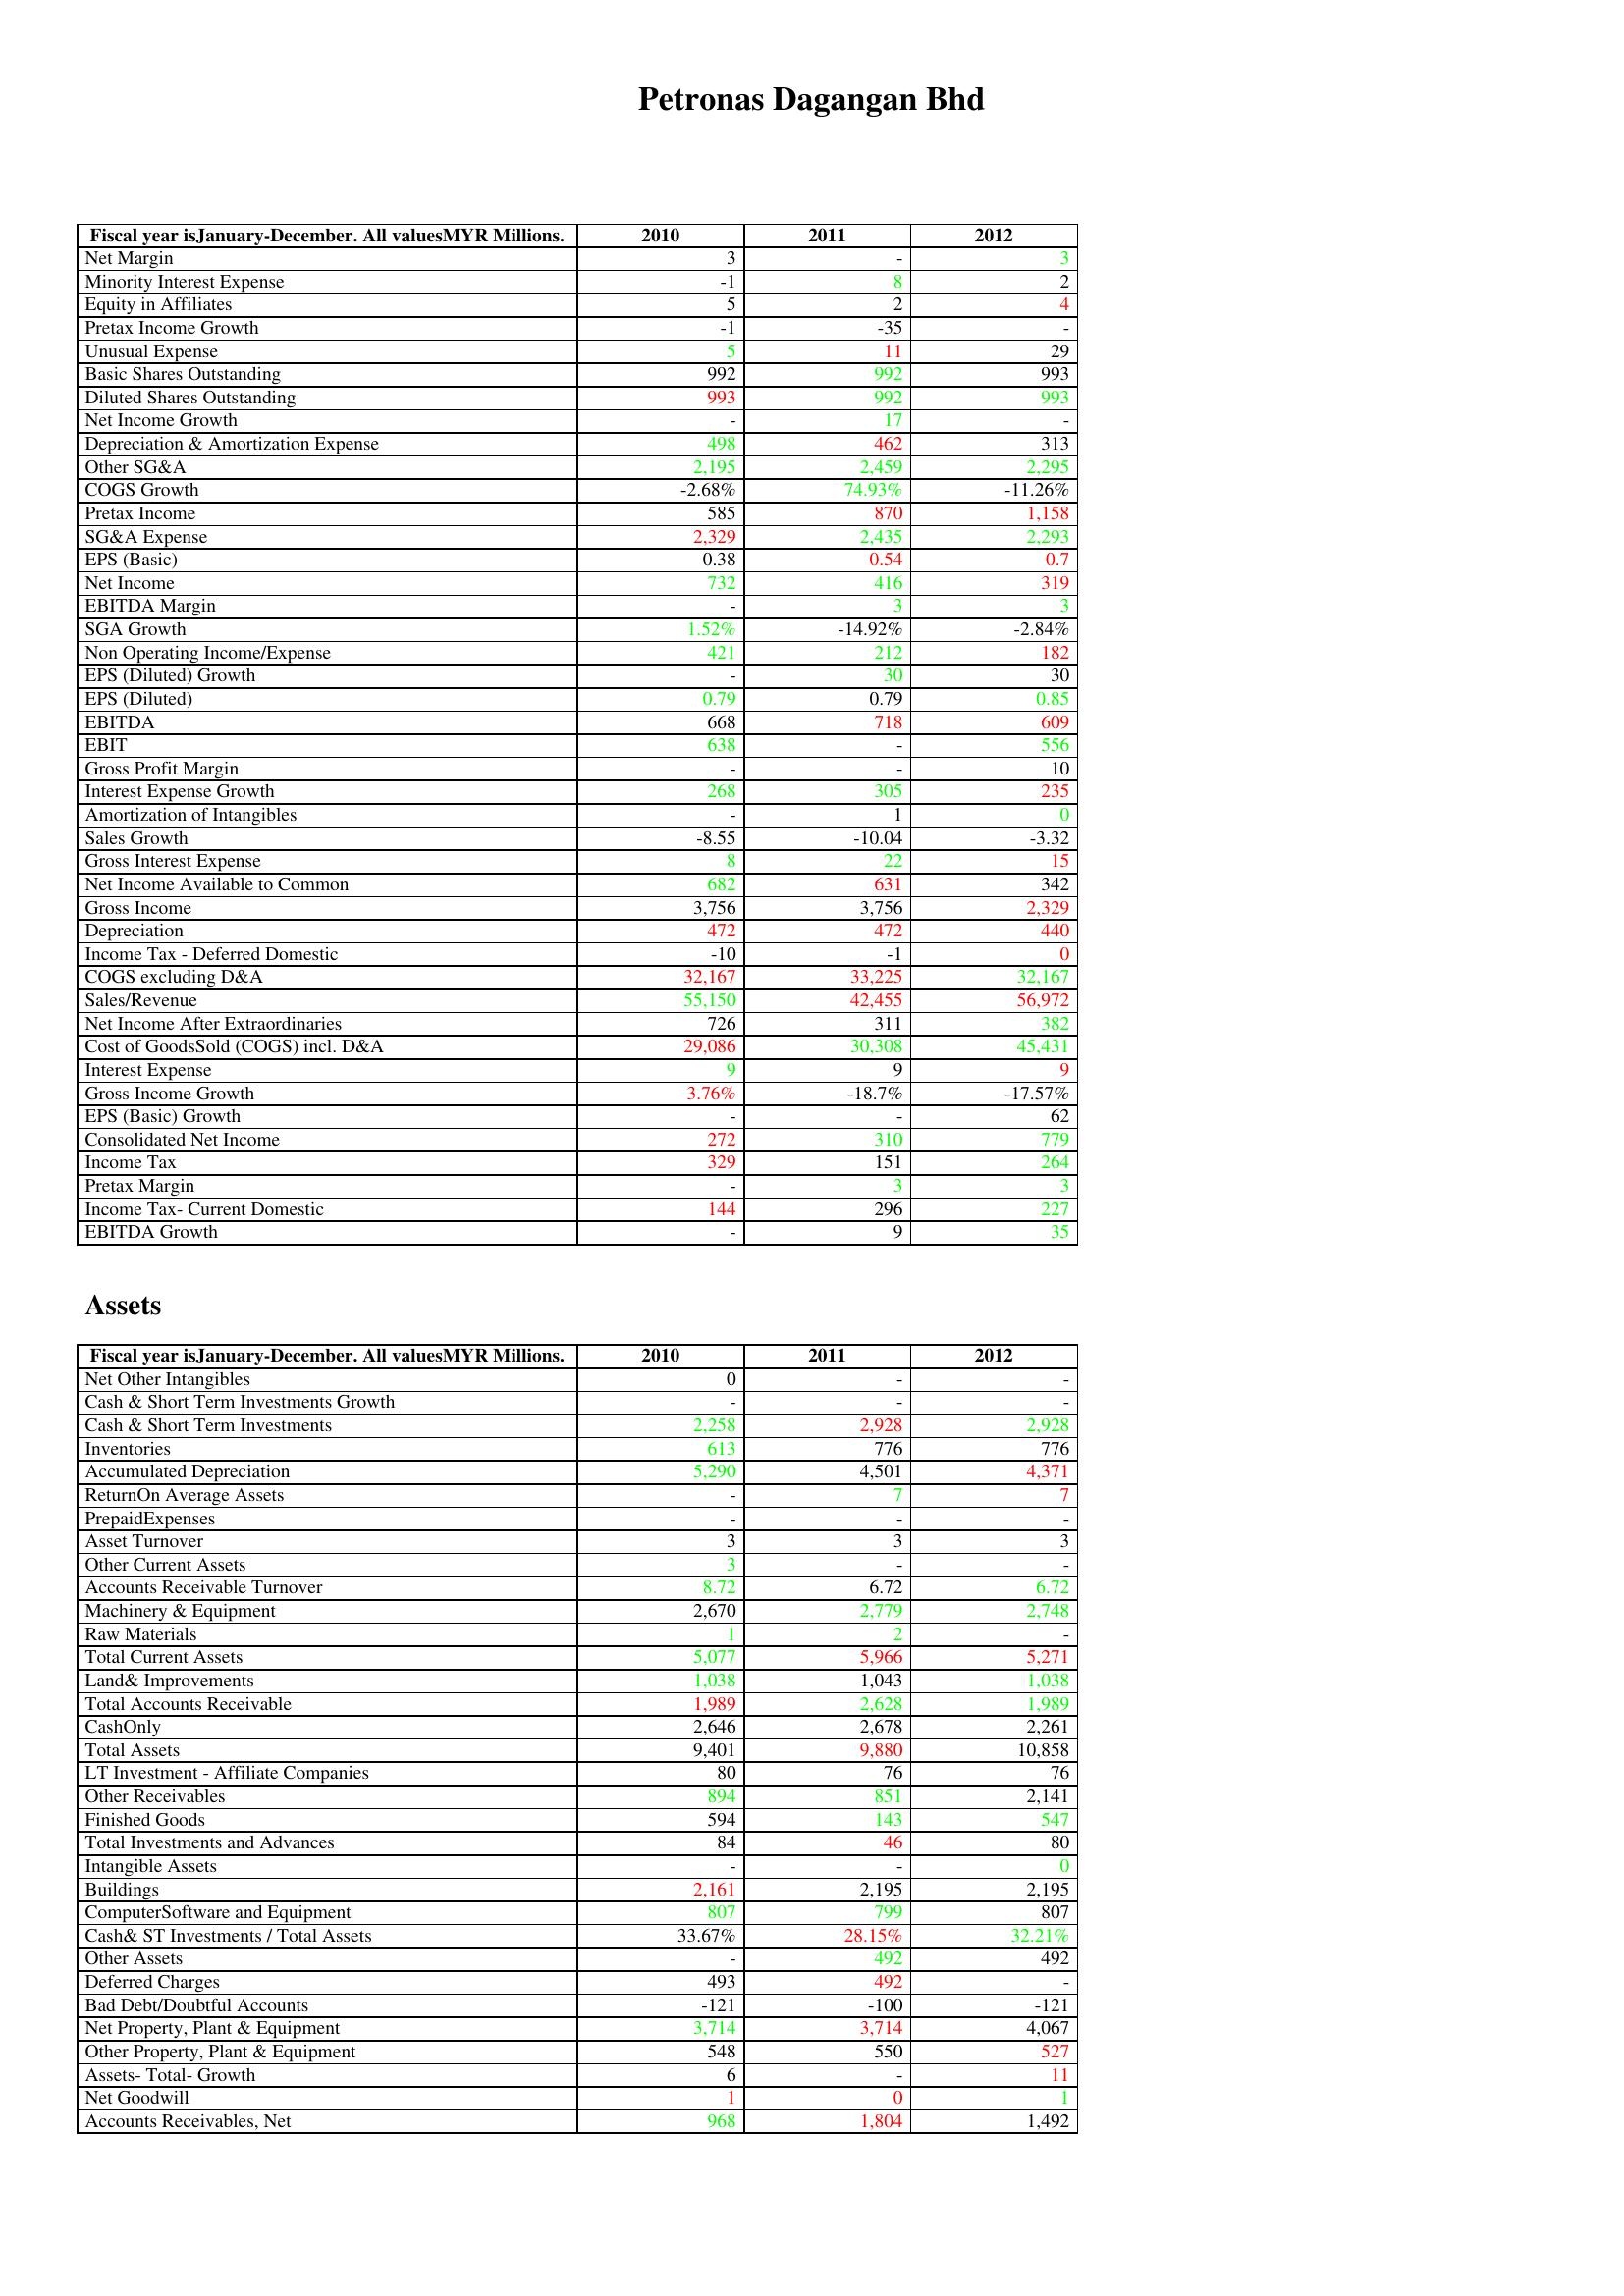
gt_parse: 2010: : Net Margin: 3
Minority Interest Expense: -1
Equity in Affiliates: 5
Pretax Income Growth: -1
Unusual Expense: 5
Basic Shares Outstanding: 992
Diluted Shares Outstanding: 993
Net Income Growth: -
Depreciation & Amortization Expense: 498
Other SG&A: 2,195
COGS Growth: -2.68%
Pretax Income: 585
SG&A Expense: 2,329
EPS (Basic): 0.38
Net Income: 732
EBITDA Margin: -
SGA Growth: 1.52%
Non Operating Income/Expense: 421
EPS (Diluted) Growth: -
EPS (Diluted): 0.79
EBITDA: 668
EBIT: 638
Gross Profit Margin: -
Interest Expense Growth: 268
Amortization of Intangibles: -
Sales Growth: -8.55
Gross Interest Expense: 8
Net Income Available to Common: 682
Gross Income: 3,756
Depreciation: 472
Income Tax - Deferred Domestic: -10
COGS excluding D&A: 32,167
Sales/Revenue: 55,150
Net Income After Extraordinaries: 726
Cost of GoodsSold (COGS) incl. D&A: 29,086
Interest Expense: 9
Gross Income Growth: 3.76%
EPS (Basic) Growth: -
Consolidated Net Income: 272
Income Tax: 329
Pretax Margin: -
Income Tax- Current Domestic: 144
EBITDA Growth: -
Assets: Net Other Intangibles: 0
Cash & Short Term Investments Growth: -
Cash & Short Term Investments: 2,258
Inventories: 613
Accumulated Depreciation: 5,290
ReturnOn Average Assets: -
PrepaidExpenses: -
Asset Turnover: 3
Other Current Assets: 3
Accounts Receivable Turnover: 8.72
Machinery & Equipment: 2,670
Raw Materials: 1
Total Current Assets: 5,077
Land& Improvements: 1,038
Total Accounts Receivable: 1,989
CashOnly: 2,646
Total Assets: 9,401
LT Investment - Affiliate Companies: 80
Other Receivables: 894
Finished Goods: 594
Total Investments and Advances: 84
Intangible Assets: -
Buildings: 2,161
ComputerSoftware and Equipment: 807
Cash& ST Investments / Total Assets: 33.67%
Other Assets: -
Deferred Charges: 493
Bad Debt/Doubtful Accounts: -121
Net Property, Plant & Equipment: 3,714
Other Property, Plant & Equipment: 548
Assets- Total- Growth: 6
Net Goodwill: 1
Accounts Receivables, Net: 968
2011: : Net Margin: -
Minority Interest Expense: 8
Equity in Affiliates: 2
Pretax Income Growth: -35
Unusual Expense: 11
Basic Shares Outstanding: 992
Diluted Shares Outstanding: 992
Net Income Growth: 17
Depreciation & Amortization Expense: 462
Other SG&A: 2,459
COGS Growth: 74.93%
Pretax Income: 870
SG&A Expense: 2,435
EPS (Basic): 0.54
Net Income: 416
EBITDA Margin: 3
SGA Growth: -14.92%
Non Operating Income/Expense: 212
EPS (Diluted) Growth: 30
EPS (Diluted): 0.79
EBITDA: 718
EBIT: -
Gross Profit Margin: -
Interest Expense Growth: 305
Amortization of Intangibles: 1
Sales Growth: -10.04
Gross Interest Expense: 22
Net Income Available to Common: 631
Gross Income: 3,756
Depreciation: 472
Income Tax - Deferred Domestic: -1
COGS excluding D&A: 33,225
Sales/Revenue: 42,455
Net Income After Extraordinaries: 311
Cost of GoodsSold (COGS) incl. D&A: 30,308
Interest Expense: 9
Gross Income Growth: -18.7%
EPS (Basic) Growth: -
Consolidated Net Income: 310
Income Tax: 151
Pretax Margin: 3
Income Tax- Current Domestic: 296
EBITDA Growth: 9
Assets: Net Other Intangibles: -
Cash & Short Term Investments Growth: -
Cash & Short Term Investments: 2,928
Inventories: 776
Accumulated Depreciation: 4,501
ReturnOn Average Assets: 7
PrepaidExpenses: -
Asset Turnover: 3
Other Current Assets: -
Accounts Receivable Turnover: 6.72
Machinery & Equipment: 2,779
Raw Materials: 2
Total Current Assets: 5,966
Land& Improvements: 1,043
Total Accounts Receivable: 2,628
CashOnly: 2,678
Total Assets: 9,880
LT Investment - Affiliate Companies: 76
Other Receivables: 851
Finished Goods: 143
Total Investments and Advances: 46
Intangible Assets: -
Buildings: 2,195
ComputerSoftware and Equipment: 799
Cash& ST Investments / Total Assets: 28.15%
Other Assets: 492
Deferred Charges: 492
Bad Debt/Doubtful Accounts: -100
Net Property, Plant & Equipment: 3,714
Other Property, Plant & Equipment: 550
Assets- Total- Growth: -
Net Goodwill: 0
Accounts Receivables, Net: 1,804
2012: : Net Margin: 3
Minority Interest Expense: 2
Equity in Affiliates: 4
Pretax Income Growth: -
Unusual Expense: 29
Basic Shares Outstanding: 993
Diluted Shares Outstanding: 993
Net Income Growth: -
Depreciation & Amortization Expense: 313
Other SG&A: 2,295
COGS Growth: -11.26%
Pretax Income: 1,158
SG&A Expense: 2,293
EPS (Basic): 0.7
Net Income: 319
EBITDA Margin: 3
SGA Growth: -2.84%
Non Operating Income/Expense: 182
EPS (Diluted) Growth: 30
EPS (Diluted): 0.85
EBITDA: 609
EBIT: 556
Gross Profit Margin: 10
Interest Expense Growth: 235
Amortization of Intangibles: 0
Sales Growth: -3.32
Gross Interest Expense: 15
Net Income Available to Common: 342
Gross Income: 2,329
Depreciation: 440
Income Tax - Deferred Domestic: 0
COGS excluding D&A: 32,167
Sales/Revenue: 56,972
Net Income After Extraordinaries: 382
Cost of GoodsSold (COGS) incl. D&A: 45,431
Interest Expense: 9
Gross Income Growth: -17.57%
EPS (Basic) Growth: 62
Consolidated Net Income: 779
Income Tax: 264
Pretax Margin: 3
Income Tax- Current Domestic: 227
EBITDA Growth: 35
Assets: Net Other Intangibles: -
Cash & Short Term Investments Growth: -
Cash & Short Term Investments: 2,928
Inventories: 776
Accumulated Depreciation: 4,371
ReturnOn Average Assets: 7
PrepaidExpenses: -
Asset Turnover: 3
Other Current Assets: -
Accounts Receivable Turnover: 6.72
Machinery & Equipment: 2,748
Raw Materials: -
Total Current Assets: 5,271
Land& Improvements: 1,038
Total Accounts Receivable: 1,989
CashOnly: 2,261
Total Assets: 10,858
LT Investment - Affiliate Companies: 76
Other Receivables: 2,141
Finished Goods: 547
Total Investments and Advances: 80
Intangible Assets: 0
Buildings: 2,195
ComputerSoftware and Equipment: 807
Cash& ST Investments / Total Assets: 32.21%
Other Assets: 492
Deferred Charges: -
Bad Debt/Doubtful Accounts: -121
Net Property, Plant & Equipment: 4,067
Other Property, Plant & Equipment: 527
Assets- Total- Growth: 11
Net Goodwill: 1
Accounts Receivables, Net: 1,492